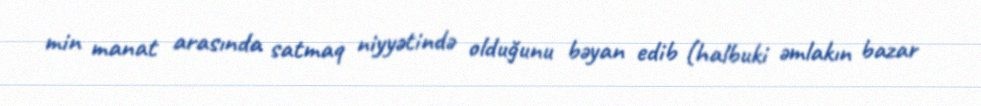
min manat arasında satmaq niyyətində olduğunu bəyan edib (halbuki əmlakın bazar